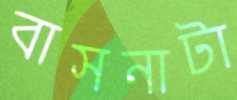
বাসনাটা